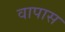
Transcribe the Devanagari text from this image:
वापास